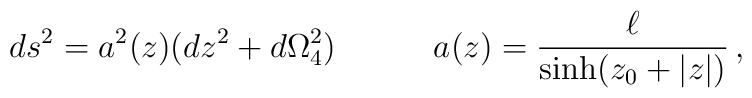
ds^2 =a^2(z)(dz^2+d\Omega^2_4)\quad\qquad a(z)=\frac{\ell}{\sinh(z_0+|z|)}\,,